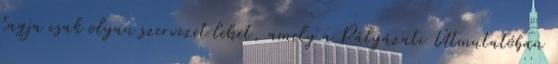
tagja csak olyan szervezet lehet, amely a Pályázati Útmutatóban